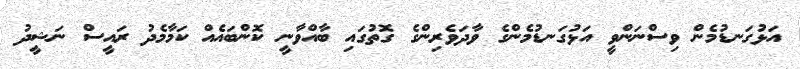
އަޅުގަނޑުމެން ވިސްނަންވީ އަޅުގަނޑުމެންގެ ވާދަވެރިންގެ ގޮތުގައި ބާއްވާނީ ކޮންބައެއް ކަމާމެދު ރައީސް ނަޝީދު